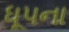
ધૂપના